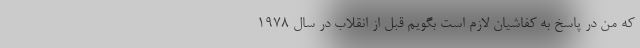
که من در پاسخ به کفاشیان لازم است بگویم قبل از انقلاب در سال 1978